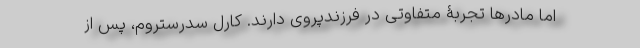
اما مادرها تجربۀ متفاوتی در فرزندپروی دارند. کارل سدرستروم، پس از